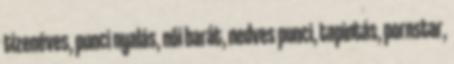
tizenéves, punci nyalás, női barát, nedves punci, tapintás, pornstar,